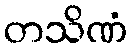
တသိဏံ